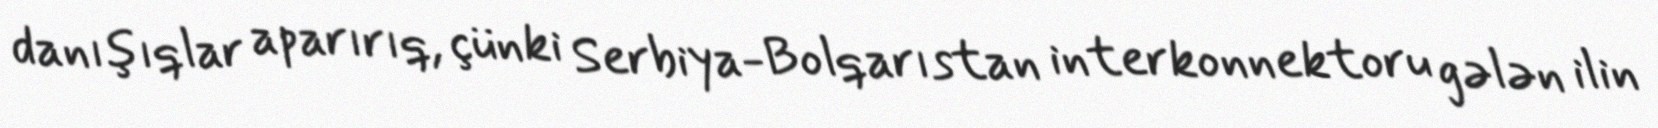
danışıqlar aparırıq, çünki Serbiya-Bolqarıstan interkonnektoru gələn ilin